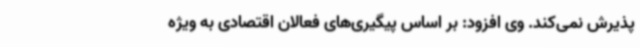
پذیرش نمی‌کند. وی افزود: بر اساس پیگیری‌های فعالان اقتصادی به ویژه